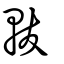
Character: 軷